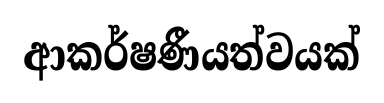
ආකර්ෂණීයත්වයක්